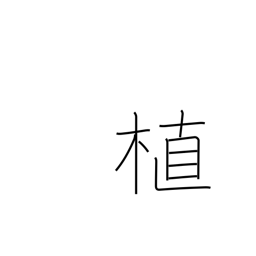
Meaning: plant